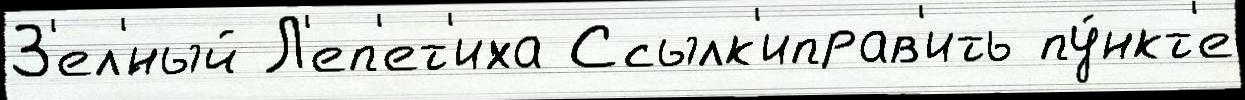
З'ел'́ный Л'еп'ет'иха Ссылк'иправ'ить пу́нкт'е